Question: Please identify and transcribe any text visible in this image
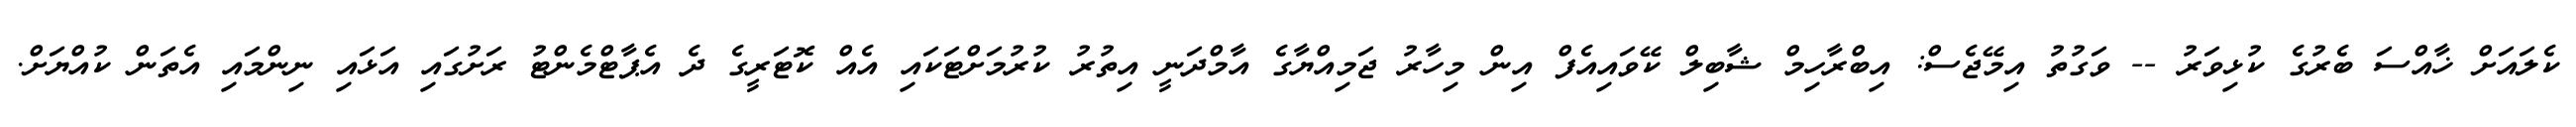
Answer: ކެލައަށް ޚާއްސަ ބެރުގެ ކުޅިވަރު -- ވަގުތު އިމޭޖެސް: އިބްރާހިމް ޝާބިލް ކޭވައިއެފް އިން މިހާރު ޖަމިއްޔާގެ އާމްދަނީ އިތުރު ކުރުމަށްޓަކައި އެއް ކޮޓަރީގެ ދެ އެޕާޓްމެންޓު ރަށުގައި އަޅައި ނިންމައި އެތަން ކުއްޔަށް.